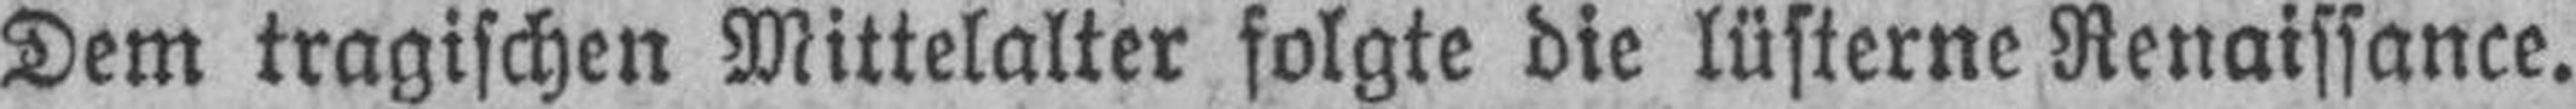
Dem tragischen Mittelalter folgte die lüsterne Renaissance.